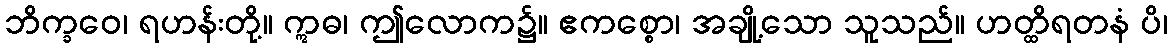
ဘိက္ခဝေ၊ ရဟန်းတို့။ ဣဓ၊ ဤလောက၌။ ဧကစ္စော၊ အချို့သော သူသည်။ ဟတ္ထိရတနံ ပိ၊